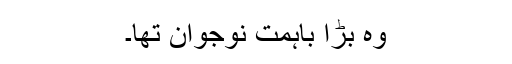
وہ بڑا باہمت نوجوان تھا۔